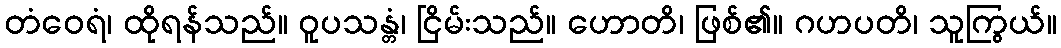
တံဝေရံ၊ ထိုရန်သည်။ ဝူပသန္တံ၊ ငြိမ်းသည်။ ဟောတိ၊ ဖြစ်၏။ ဂဟပတိ၊ သူကြွယ်။